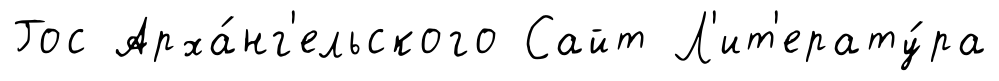
Гос Арха́нг'ельского Сайт Л'ит'ерату́ра